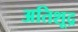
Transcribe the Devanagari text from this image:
अतिशूद्र